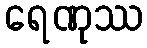
ရေဏုဿ